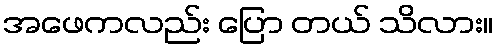
အဖေကလည်း ပြော တယ် သိလား။